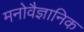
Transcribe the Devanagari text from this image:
मनाेवैज्ञानिक